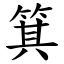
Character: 箕